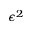
\epsilon ^ { 2 }